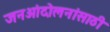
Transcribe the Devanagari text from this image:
जनआंदोलनांसाठी